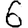
Digit: 6